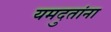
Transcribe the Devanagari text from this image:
यमदुतांना